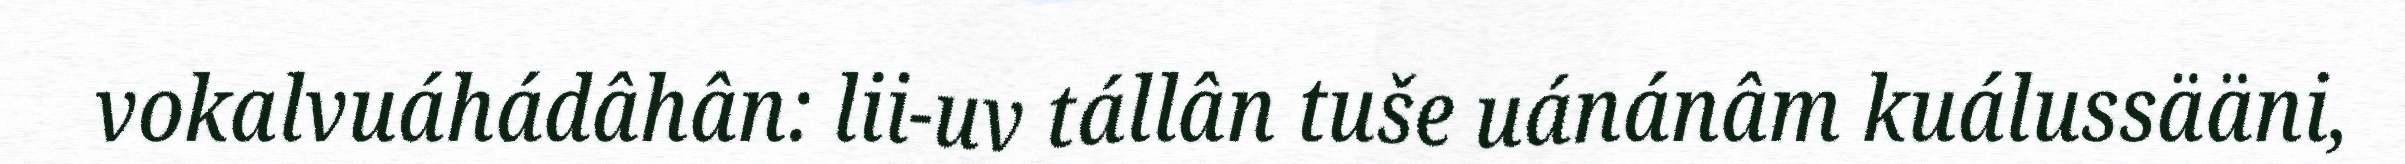
vokalvuáhádâhân: lii-uv tállân tuše uánánâm kuálussääni,